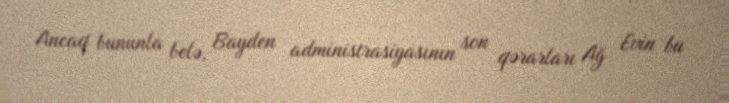
Ancaq bununla belə, Bayden administrasiyasının son qərarları Ağ Evin bu